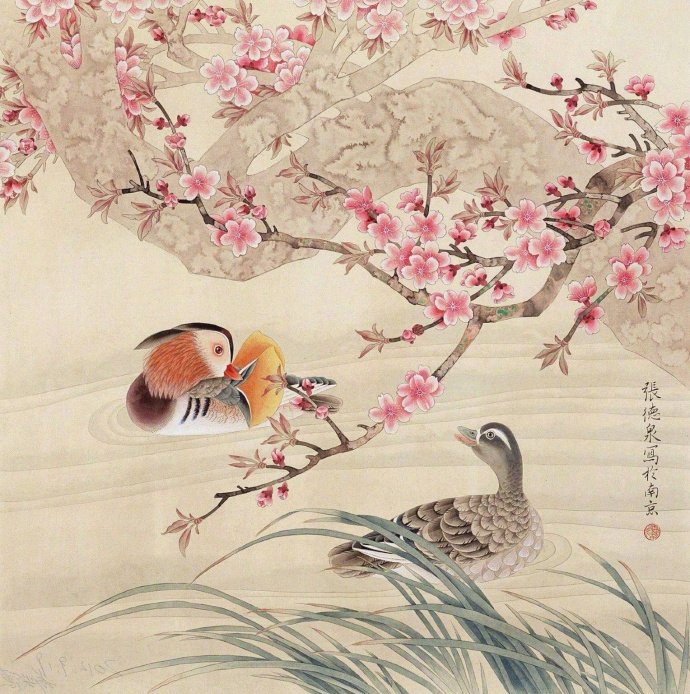
竹外桃花三两枝，春江水暖鸭先知。